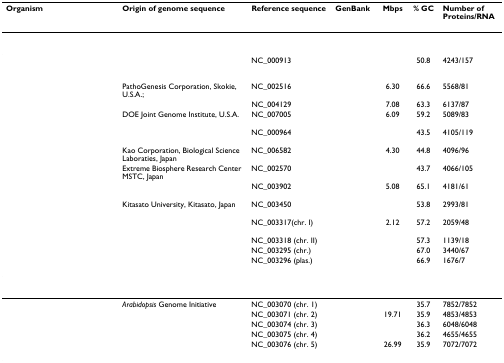
<table><thead><tr><td><b>Organism</b></td><td><b>Origin of genome sequence</b></td><td><b>Reference sequence</b></td><td><b>GenBank</b></td><td><b>Mbps</b></td><td><b>% GC</b></td><td><b>Number of Proteins/RNA</b></td></tr></thead><tbody><tr><td colspan="7">[EMPTY_CELL]</td></tr><tr><td>[EMPTY_CELL]</td><td>[EMPTY_CELL]</td><td>NC_000913</td><td>[EMPTY_CELL]</td><td>[EMPTY_CELL]</td><td>50.8</td><td>4243/157</td></tr><tr><td>[EMPTY_CELL]</td><td>PathoGenesis Corporation, Skokie, U.S.A.;</td><td>NC_002516</td><td>[EMPTY_CELL]</td><td>6.30</td><td>66.6</td><td>5568/81</td></tr><tr><td>[EMPTY_CELL]</td><td>[EMPTY_CELL]</td><td>NC_004129</td><td>[EMPTY_CELL]</td><td>7.08</td><td>63.3</td><td>6137/87</td></tr><tr><td>[EMPTY_CELL]</td><td>DOE Joint Genome Institute, U.S.A.</td><td>NC_007005</td><td>[EMPTY_CELL]</td><td>6.09</td><td>59.2</td><td>5089/83</td></tr><tr><td>[EMPTY_CELL]</td><td>[EMPTY_CELL]</td><td>NC_000964</td><td>[EMPTY_CELL]</td><td>[EMPTY_CELL]</td><td>43.5</td><td>4105/119</td></tr><tr><td>[EMPTY_CELL]</td><td>Kao Corporation, Biological Science Laboraties, Japan</td><td>NC_006582</td><td>[EMPTY_CELL]</td><td>4.30</td><td>44.8</td><td>4096/96</td></tr><tr><td>[EMPTY_CELL]</td><td>Extreme Biosphere Research Center MSTC, Japan</td><td>NC_002570</td><td>[EMPTY_CELL]</td><td>[EMPTY_CELL]</td><td>43.7</td><td>4066/105</td></tr><tr><td>[EMPTY_CELL]</td><td>[EMPTY_CELL]</td><td>NC_003902</td><td>[EMPTY_CELL]</td><td>5.08</td><td>65.1</td><td>4181/61</td></tr><tr><td>[EMPTY_CELL]</td><td>Kitasato University, Kitasato, Japan</td><td>NC_003450</td><td>[EMPTY_CELL]</td><td>[EMPTY_CELL]</td><td>53.8</td><td>2993/81</td></tr><tr><td>[EMPTY_CELL]</td><td>[EMPTY_CELL]</td><td>NC_003317(chr. I)</td><td>[EMPTY_CELL]</td><td>2.12</td><td>57.2</td><td>2059/48</td></tr><tr><td>[EMPTY_CELL]</td><td>[EMPTY_CELL]</td><td>NC_003318 (chr. II)</td><td>[EMPTY_CELL]</td><td>[EMPTY_CELL]</td><td>57.3</td><td>1139/18</td></tr><tr><td>[EMPTY_CELL]</td><td>[EMPTY_CELL]</td><td>NC_003295 (chr.)</td><td>[EMPTY_CELL]</td><td>[EMPTY_CELL]</td><td>67.0</td><td>3440/67</td></tr><tr><td>[EMPTY_CELL]</td><td>[EMPTY_CELL]</td><td>NC_003296 (plas.)</td><td>[EMPTY_CELL]</td><td>[EMPTY_CELL]</td><td>66.9</td><td>1676/7</td></tr><tr><td colspan="7">[EMPTY_CELL]</td></tr><tr><td>[EMPTY_CELL]</td><td><i>Arabidopsis </i>Genome Initiative</td><td>NC_003070 (chr. 1)</td><td>[EMPTY_CELL]</td><td>[EMPTY_CELL]</td><td>35.7</td><td>7852/7852</td></tr><tr><td>[EMPTY_CELL]</td><td>[EMPTY_CELL]</td><td>NC_003071 (chr. 2)</td><td>[EMPTY_CELL]</td><td>19.71</td><td>35.9</td><td>4853/4853</td></tr><tr><td>[EMPTY_CELL]</td><td>[EMPTY_CELL]</td><td>NC_003074 (chr. 3)</td><td>[EMPTY_CELL]</td><td>[EMPTY_CELL]</td><td>36.3</td><td>6048/6048</td></tr><tr><td>[EMPTY_CELL]</td><td>[EMPTY_CELL]</td><td>NC_003075 (chr. 4)</td><td>[EMPTY_CELL]</td><td>[EMPTY_CELL]</td><td>36.2</td><td>4655/4655</td></tr><tr><td>[EMPTY_CELL]</td><td>[EMPTY_CELL]</td><td>NC_003076 (chr. 5)</td><td>[EMPTY_CELL]</td><td>26.99</td><td>35.9</td><td>7072/7072</td></tr></tbody></table>